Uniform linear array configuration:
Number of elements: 16
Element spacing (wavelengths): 0.5
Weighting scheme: kaiser
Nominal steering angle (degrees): -15
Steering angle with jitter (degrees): -15.111
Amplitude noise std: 0.05
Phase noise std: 0.05

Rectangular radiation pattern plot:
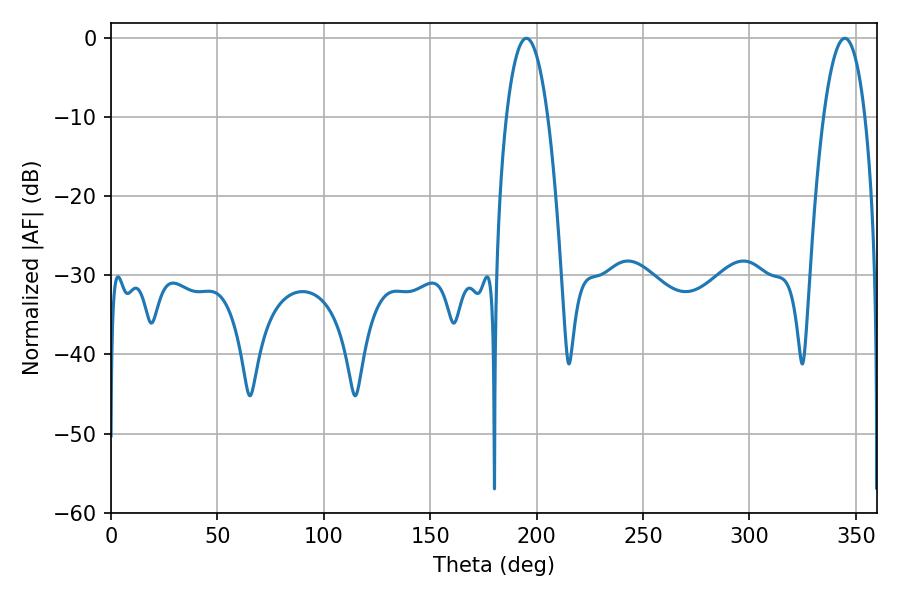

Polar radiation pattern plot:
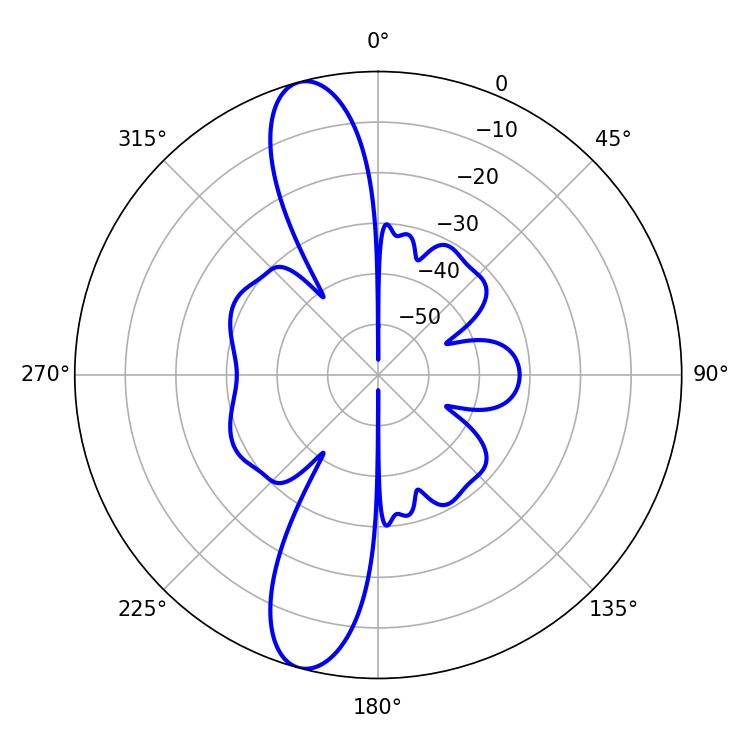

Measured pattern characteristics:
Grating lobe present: FALSE
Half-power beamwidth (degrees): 10.8
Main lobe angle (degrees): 195.12